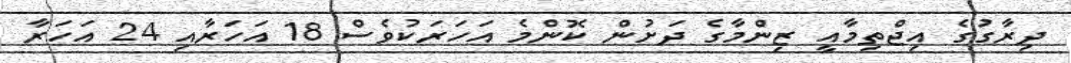
ދިރާގުގެ އިޖްތިމާއީ ޒިންމާގެ ދަށުން ކޮންމެ އަހަރަކުވެސް 18 އަހަރާއި 24 އަހަރާ